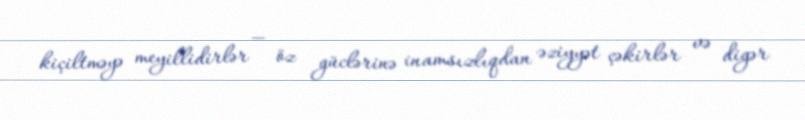
kiçiltməyə meyillidirlər — öz güclərinə inamsızlıqdan əziyyət çəkirlər və digər